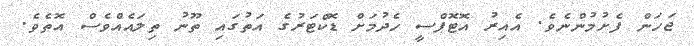
ޖަހަން ފެށުމުންނެވެ. އެއިރު އޮޓޮޕްސީ ހެދުމަށް ޑޮކްޓަރުގެ އަތުގައި ތޫނު ތިލައެއްވެސް އޮތެވެ.